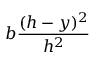
b { \frac { ( h - y ) ^ { 2 } } { h ^ { 2 } } }